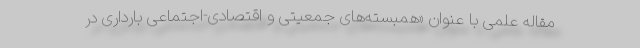
مقاله علمی با عنوان «همبسته‌های جمعیتی و اقتصادی-اجتماعی بارداری در